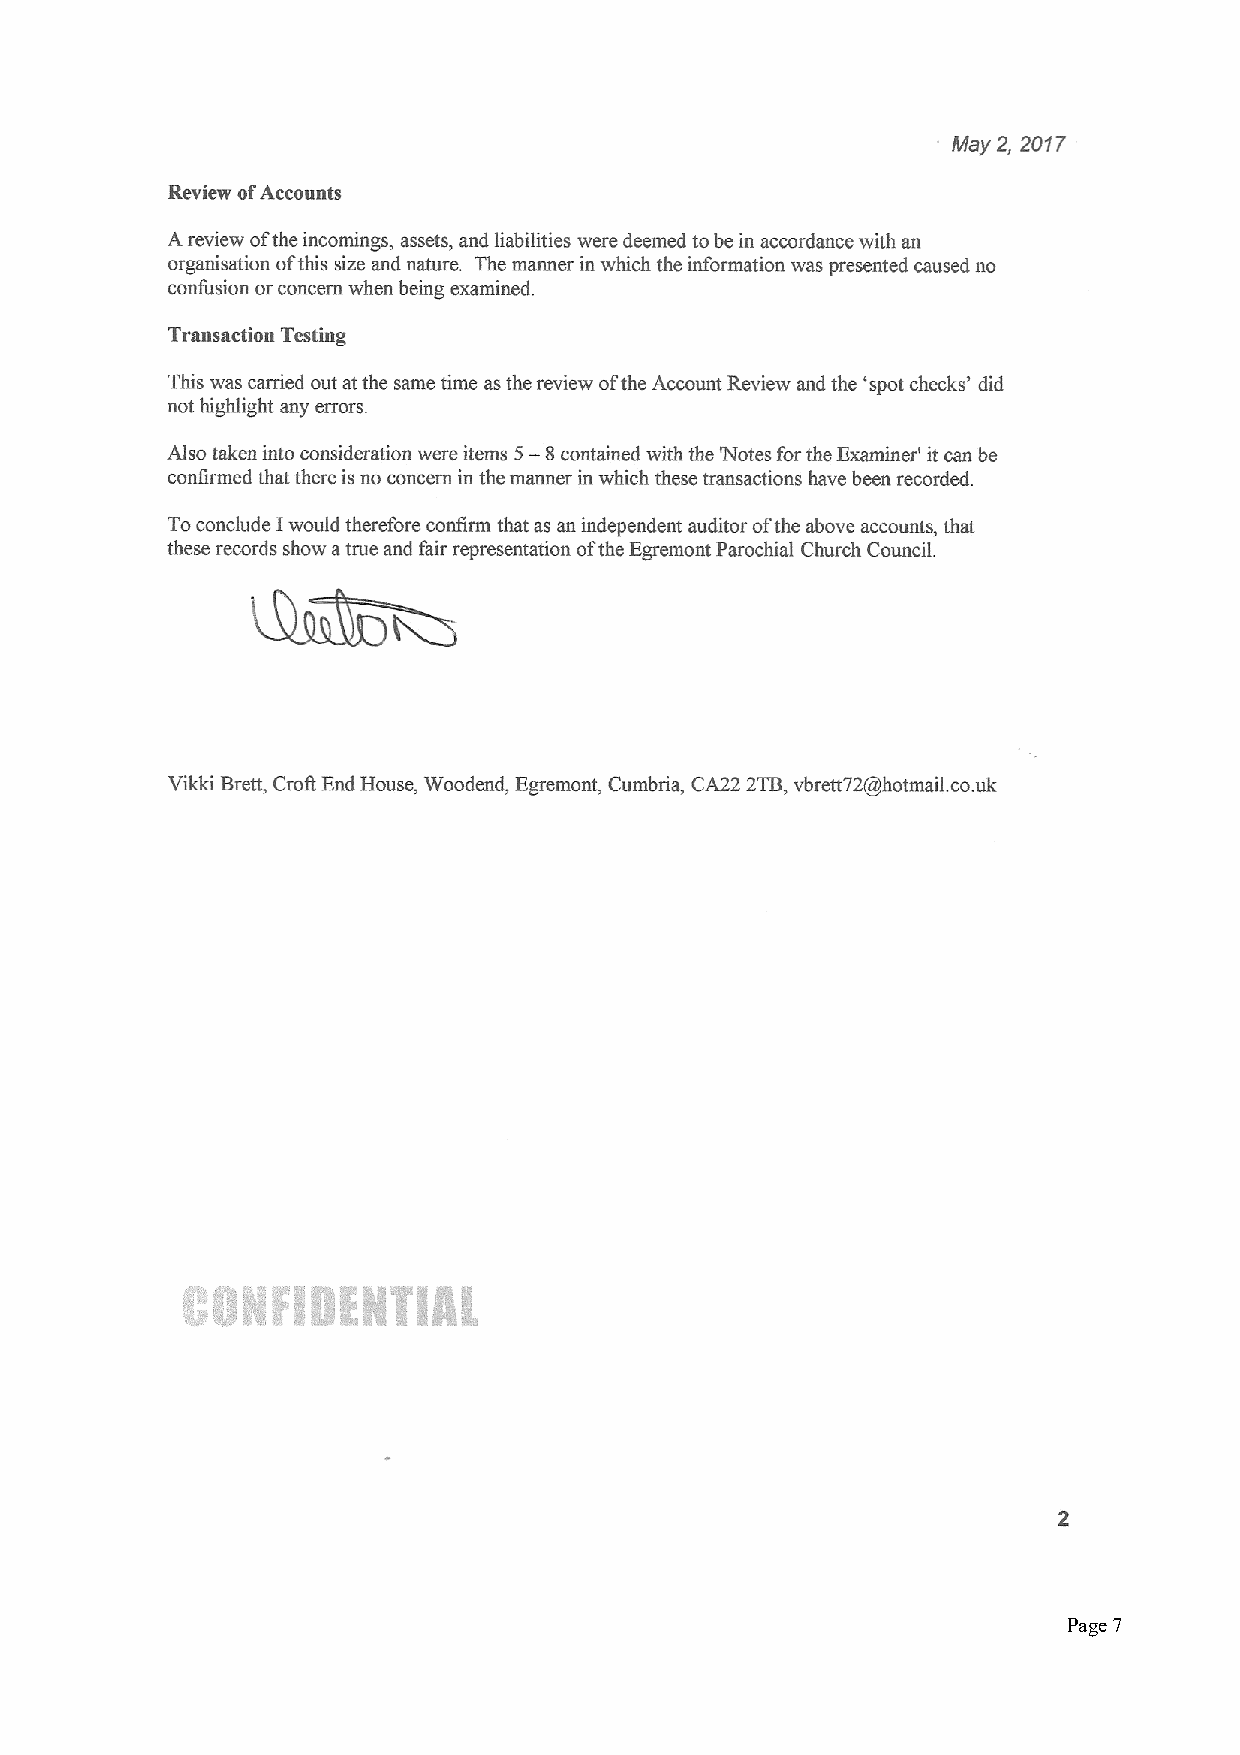
Page 7